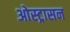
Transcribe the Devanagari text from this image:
ओस्ट्रासन